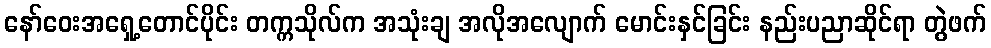
နော်ဝေးအရှေ့တောင်ပိုင်း တက္ကသိုလ်က အသုံးချ အလိုအလျောက် မောင်းနှင်ခြင်း နည်းပညာဆိုင်ရာ တွဲဖက်